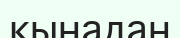
қынадан